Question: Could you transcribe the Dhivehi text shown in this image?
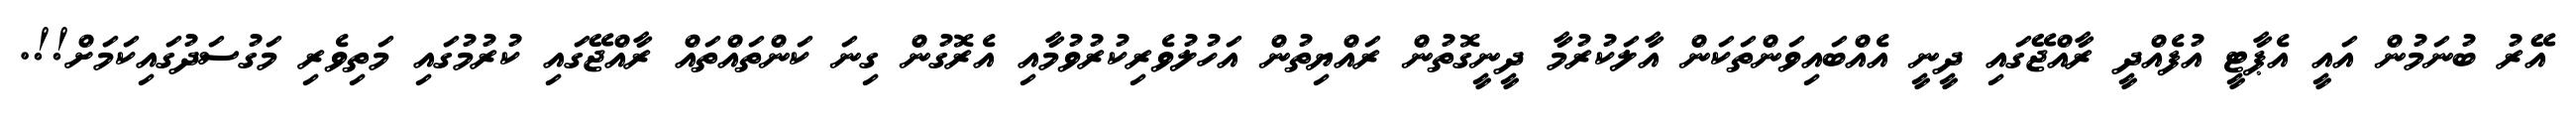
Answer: އޭރު ބުނަމުން އައީ އެޕާޓީ އުފެއްދީ ރާއްޖޭގައި ދީނީ އެއްބައިވަންތަކަން އާލަކުރުމާ ދީނީގޮތުން ރައްޔިތުން އަހުލުވެރިކުރުވުމާއި އެރޮގުން ގިނަ ކަންތައްތައް ރާއްޖޭގައި ކުރުމުގައި މަތިވެރި މަގުސަދުގައިކަމަށް!!.